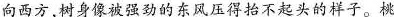
向西方，树身像被强劲的东戏压得抬不起头的样子。桃